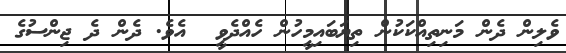
ވެލިން ދެން މަނިތިއްކަކުން ތިޔަބައިމީހުން ހެއްދެވީ  އެވެ. ދެން ދެ ޖިންސުގެ